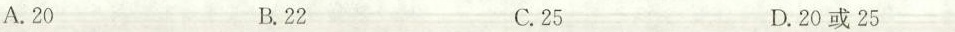
A.20 B.22 C.25 D.20或25